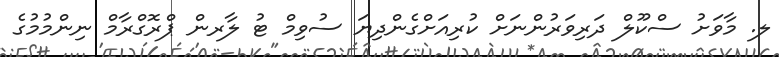
ލ. މާވަށު ސްކޫލް ދަރިވަރުންނަށް ކުރިއަށްގެންދިޔަ ސުވިމް ޓު ލާރން ޕްރޮގްރާމް ނިންމުމުގެ